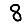
Digit: 8